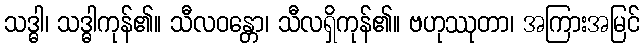
သဒ္ဓါ၊ သဒ္ဓါကုန်၏။ သီလဝန္တော၊ သီလရှိကုန်၏။ ဗဟုဿုတာ၊ အကြားအမြင်